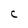
Character: C